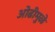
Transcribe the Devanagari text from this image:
ओढीमुळे